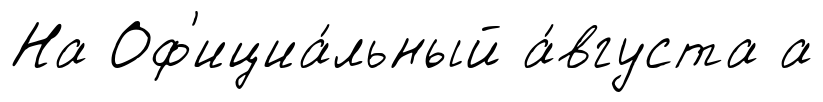
На Оф'ициа́льный а́вгуста а